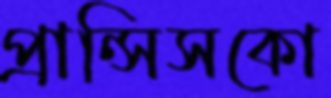
প্রান্সিসকো